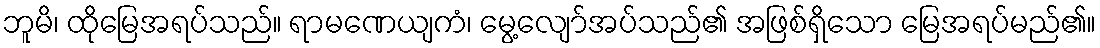
ဘူမိ၊ ထိုမြေအရပ်သည်။ ရာမဏေယျကံ၊ မွေ့လျော်အပ်သည်၏ အဖြစ်ရှိသော မြေအရပ်မည်၏။